Report of the Indian Hemp Drugs Commission, 1894-1895 - Volume VII
Year: 1894
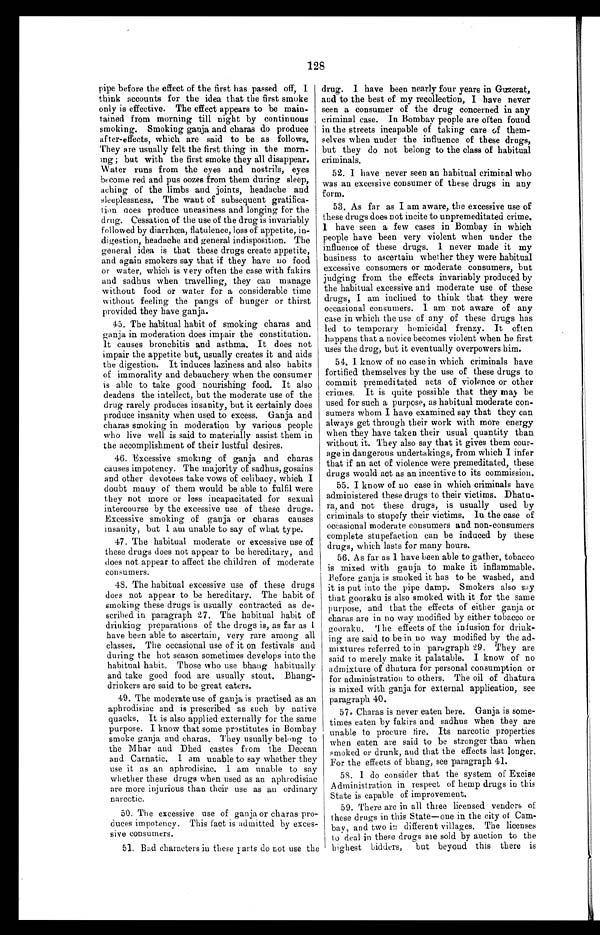
128
pipe before the effect of the first has passed off, I
think accounts for the idea that the first smoke
only is effective. The effect appears to be main-
-tained from morning till night by continuous
smoking. Smoking ganja and charas do produce
after-effects, which are said to be as follows.
They are usually felt the first thing in the morn-
ing; but with the first smoke they all disappear.
Water runs from the eyes and nostrils, eyes
become red and pus oozes from them during sleep,
aching of the limbs and joints, headache and
sleeplessness. The want of subsequent gratifica
-
tion goes produce uneasiness and longing for the
drug. Cessation of the use of the drug is invariably
followed by diarrhœa, flatulence, loss of appetite, in
-
digestion, headache and general indisposition. The
general idea is that these drugs create appetite,
and again smokers say that if they have no food
or water, which is very often the case with fakirs
and sadhus when travelling, they can manage
without food or water for a considerable time
without feeling the pangs of hunger or thirst
provided they have ganja.
45. The habitual habit of smoking charas and
ganja in moderation does impair the constitution.
It causes bronchitis and asthma. It does not
impair the appetite but, usually creates it and aids
the digestion. It induces laziness and also habits
of immorality and debauchery when the consumer
is able to take good nourishing food. It also
deadens the intellect, but the moderate use of the
drug rarely produces insanity, but it certainly does
produce insanity when used to excess. Ganja and
charas smoking in moderation by various people
who live well is said to materially assist them in
the accomplishment of their lustful desires.
46. Excessive smoking of ganja and charas
causes impotency. The majority of sadhus, gosains
and other devotees take vows of celibacy, which I
doubt many of them would be able to fulfil were
they not more or less incapacitated for sexual
intercourse by the excessive use of these drugs.
Excessive smoking of ganja or charas causes
insanity, but I am unable to say of what type.
47. The habitual moderate or excessive use of
these drugs does not appear to be hereditary, and
does not appear to affect the children of moderate
consumers.
48. The habitual excessive use of these drugs
does not appear to be hereditary. The habit of
smoking these drugs is usually contracted as de
-
scribed in paragraph 27. The habitual habit of
drinking preparations of the drugs is, as far as I
have been able to ascertain, very rare among all
classes. The occasional use of it on festivals and
during the hot season sometimes develops into the
habitual habit. Those who use bhang habitually
and take good food are usually stout. Bhang
-
drinkers are said to he great eaters.
49. The moderate use of ganja is practised as an
aphrodisiac and is prescribed as such by native
quacks. It is also applied externally for the same
purpose. I know that some prostitutes in Bombay
smoke ganja and charas. They usually being to
the Mhar and Dhed castes from the Deccan
and Carnatic. I am unable to say whether they
use it as an aphrodisiac. I am unable to say
whether these drugs when used as an aphrodisiac
are more injurious than their use as an ordinary
narcotic.
50. The excessive use of ganja or charas pro
-
duces impotency. This fact is admitted by exces-
s i v e c o n s u m e r s .
5 1 . B a d c h a r a c t e r s i n t h e s e p a r t s d o n o t u s e t h e
drug. I have been nearly four years in Guzerat,
and to the best of my recollection, I have never
seen a consumer of the drug concerned in any
criminal case. In Bombay people are often found
in the streets incapable of taking care of them
-
selves when under the influence of these drugs,
but they do not belong to the class of habitual
criminals.
52. I have never seen an habitual criminal who
was an excessive consumer of these drugs in any
form.
53. As far as I am aware, the excessive use of
these drugs does not incite to unpremeditated crime.
I h a v e s e e n a f e w c a s e s i n B o m b a y i n w h i c h
people have been very violent when under the
influence of these drugs. I never made it my
business to ascertain whether they were habitual
excessive consumers or moderate consumers, but
judging from the effects invariably produced by
the habitual excessive and moderate use of these
drugs, I am inclined to think that they were
occasional consumers. I am not aware of any
case in which the use of any of these drugs has
led to temporary homicidal frenzy. It often.
happens that a novice becomes violent when he first
uses the drug, but it eventually overpowers him.
54. I know of no case in which criminals have
fortified themselves by the use of these drugs to
commit premeditated acts of violence or other
crimes. It is quite possible that they may be
used for such a purpose, as habitual moderate con-
s u m e r s w h o m I h a v e e x a m i n e d s a y t h a t t h e y c a n
always get through their work with more energy
when they have taken their usual quantity than
without it. They also say that it gives them cour-
age in dangerous undertakings, from which I infer
that if an act of violence were premeditated, these
drugs would act as an incentive to its commission.
55. I know of no case in which criminals have
administered these drugs to their victims. Dhatu-
r a , a n d n o t t h e s e d r u g s , i s u s u a l l y u s e d b y
criminals to stupefy their victims. In the case of
occasional moderate consumers and non-consumers
complete stupefaction can be induced by these
drugs, which lasts for many hours.
56. As far as I have been able to gather, tobacco
is mixed with ganja to make it inflammable.
B e f o r e g a n j a i s s m o k e d i t h a s t o b e w a s h e d , a n d
it is put into the pipe damp. Smokers also say
that gooraku is also smoked with it for the same
purpose, and that the effects of either ganja or
charas are in no way modified by either tobacco or
gooraku. The effects of the infusion for drink
-
ing are said to be in no way modified by the ad
-
mixtures referred to in paragraph 29. They are
said to merely make it palatable. I know of no
admixture of dhatura for personal consumption or
for administration to others. The oil of dhatura
is mixed with ganja for external application, see
paragraph 40.
57. Charas is never eaten here. Ganja is some
-
times eaten by fakirs and sadhus when they are
unable to procure fire. Its narcotic properties
when eaten are said to be stronger than when
smoked or drunk, and that the effects last longer.
For the effects of bhang, see paragraph 41.
58. I do consider that the system of Excise
Administration in respect of hemp drugs in this
State is capable of improvement.
59. There are in all three licensed venders of
these drugs in this State—one in the city of Cam
-
bay, and two in different villages. The licenses
to deal in these drugs are sold by auction to the
highest bidders,
but beyond this there is